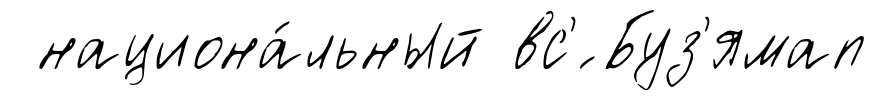
национа́льный вс'́ Буз'ямап